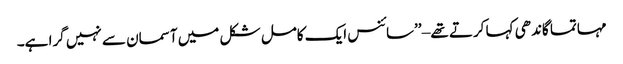
مہاتما گاندھی کہا کرتے تھے – ’’سائنس ایک کامل شکل میں آسمان سے نہیں گرا ہے۔